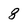
Character: 8